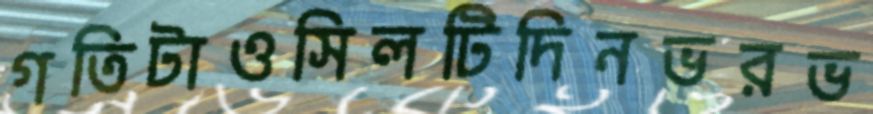
গতিটাওসিলটিদিনভরভ